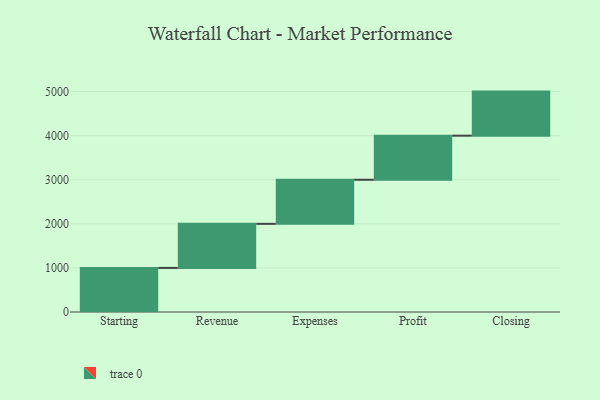
{"axis": {"x": "Step", "y": "Value"}, "legend": [""], "data": [{"x": "Starting", "y": 1000, "type": ""}, {"x": "Revenue", "y": 1000, "type": ""}, {"x": "Expenses", "y": 1000, "type": ""}, {"x": "Profit", "y": 1000, "type": ""}, {"x": "Closing", "y": 1000, "type": ""}]}